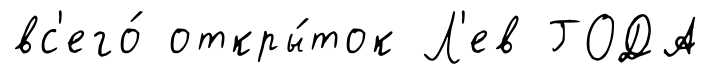
вс'его́ откры́ток Л'ев ГОДА